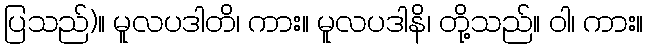
ပြသည်)။ မူလပဒါတိ၊ ကား။ မူလပဒါနိ၊ တို့သည်။ ဝါ၊ ကား။